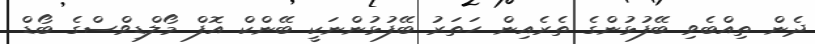
ދެން ތިއްބެވި ބޭފުޅުންގެ ތެރެއިން ހަތަރު ބޭފުޅުންނަކީ ބޭންކް އޮފް މޯލްޑިވްސްގެ ބޯޑް